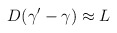
\begin{align*}D(\gamma'-\gamma) \approx L\end{align*}